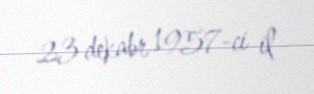
23 dekabr 1957-ci il